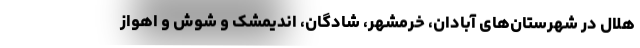
هلال در شهرستان‌های آبادان، خرمشهر، شادگان، اندیمشک و شوش و اهواز